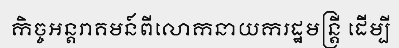
កិច្ចអន្តរាគមន៍ពីលោកនាយករដ្ឋមន្ត្រី ដើម្បី